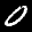
Label: 0